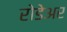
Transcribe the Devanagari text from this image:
रोडेअर